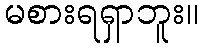
မစားရရှာဘူး။